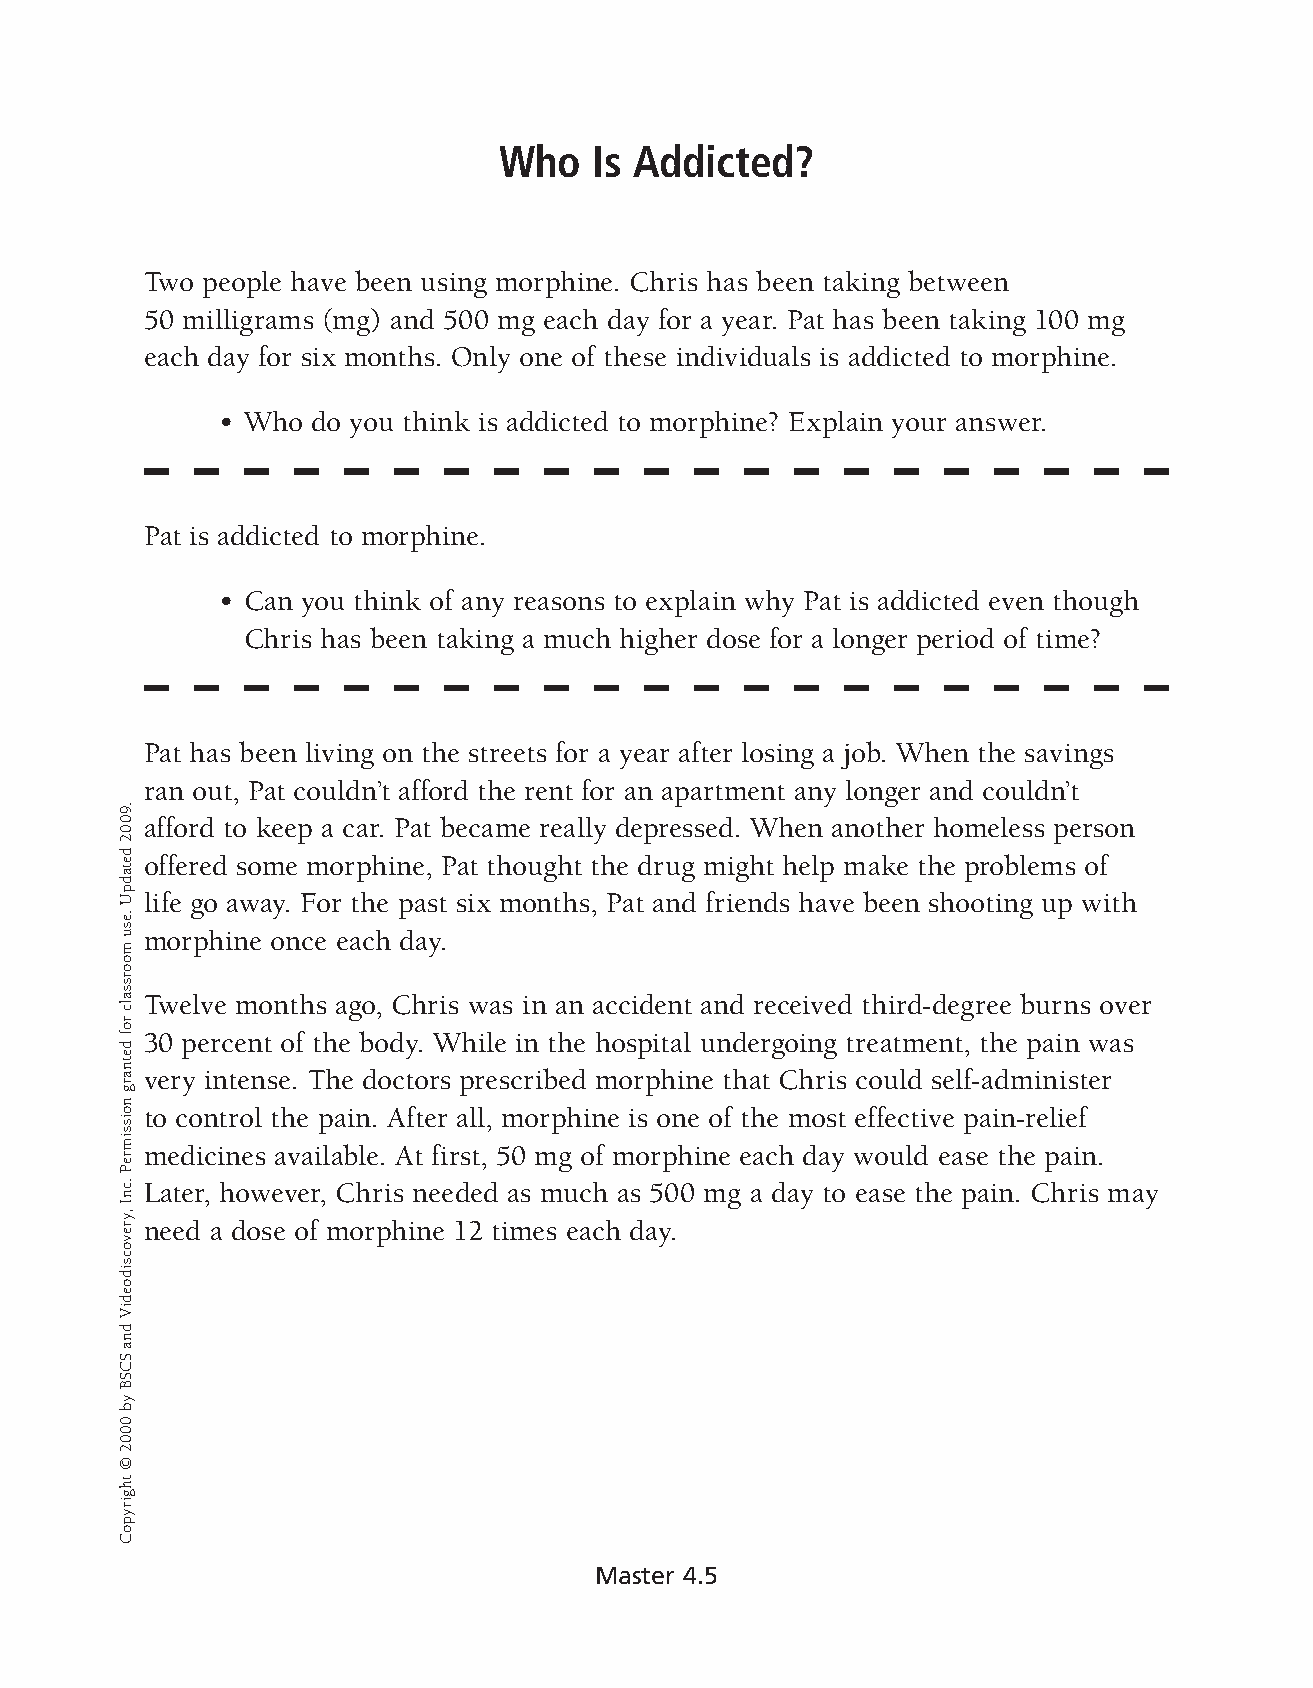
Who   Is Addicted?
 Two people have been using morphine. Chris has been taking between
 50 milligrams (mg) and 500 mg each day for a year. Pat has been taking 100 mg
 each day for six months. Only one of these individuals is addicted to morphine.
 • Who  do you think is addicted to morphine? Explain your answer.
 Pat is addicted to morphine.
 • Can you think of any reasons to explain why Pat is addicted even though
 Chris has been taking a much higher dose for a longer period of time?
 Pat has been living on the streets for a year after losing a job. When the savings
 ran out, Pat couldn’t afford the rent for an apartment any longer and couldn’t
 afford to keep a car. Pat became really depressed. When another homeless person
 offered some morphine, Pat thought the drug might help make the problems of
 life go away. For the past six months, Pat and friends have been shooting up with
 morphine once each day.
 Twelve months ago, Chris was in an accident and received third-degree burns over
 30 percent of the body. While in the hospital undergoing treat ment, the pain was
 very intense. The doctors prescribed morphine that Chris could self-administer
 to control the pain. After all, morphine is one of the most effective pain-relief
 medicines available. At first, 50 mg of morp hine each day would ease the pain.
 Later, however, Chris needed as much as 500 mg a day to ease the pain. Chris may
 need a dose of morp hine 12 times each day.
 Master 4.5
 .9002
 detadpU
 .esu
 moorssalc
 rof
 detnarg
 noissimreP
 .cnI
 ,yrevocsidoediV
 dna
 SCSB
 yb
 0002
 ©
 thgirypoC